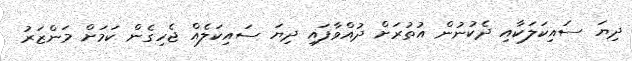
ދިޔަ ސައިކަލަކާއި ދެކުނުން އުތުރަށް ދުއްވާފައި ދިޔަ ސައިކަލެއް ޖެހިގެން ކަމަށް މަންޒަރު